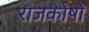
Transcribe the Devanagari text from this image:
राजकोषों